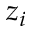
z _ { i }